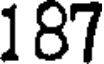
187